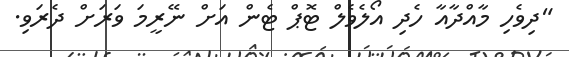
"ދިވެހި މާއްދާއާ ހެދި އޯލެވެލް ޓޮޕް ޓެން އަށް ނޭރީމަ ވަރަށް ދެރަވި.